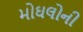
મોઘલોની